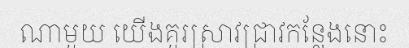
ណាមួយ យើងគួរស្រាវជ្រាវកន្លែងនោះ